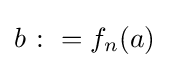
b\;\colon =f_{n}(a)